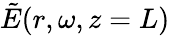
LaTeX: \tilde{E}(r,\omega,z=L)